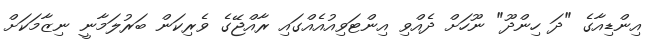
އިންޑިއާގެ "ދަ ހިންދޫ" ނޫހަށް ދެއްވި އިންޓަވިއުއެއްގައި ރާއްޖޭގެ ވެރިކަން ބަރުލަމާނީ ނިޒާމަކަށް